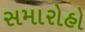
સમારોહો